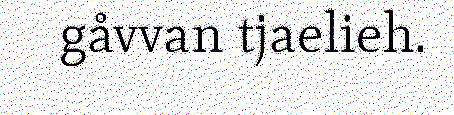
gåvvan tjaelieh.